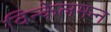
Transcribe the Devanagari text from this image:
विन्केलमन्न